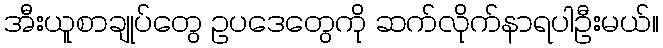
အီးယူစာချုပ်တွေ ဥပဒေတွေကို ဆက်လိုက်နာရပါဦးမယ်။